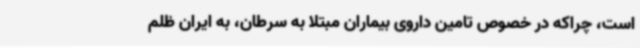
است، چراکه در خصوص تامین داروی بیماران مبتلا به سرطان، به ایران ظلم